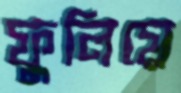
ফুলিয়ে